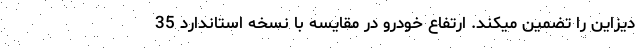
دیزاین را تضمین میکند. ارتفاع خودرو در مقایسه با نسخه استاندارد 35